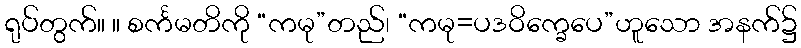
ရုပ်တွက်။ ။ စင်္ကမတိကို “ကမု”တည်၊ “ကမု=ပဒဝိက္ခေပေ”ဟူသော အနက်၌